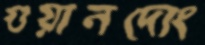
গুয়ানদোং